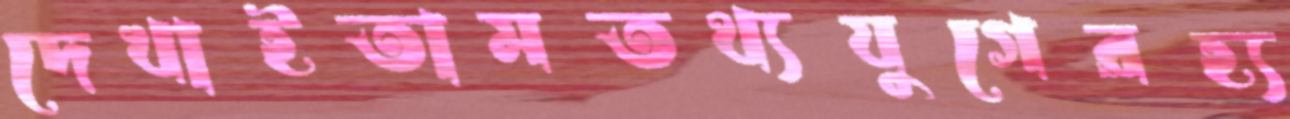
দেখাইতামতথ্যযুগেরহ্য